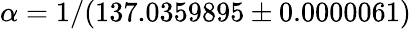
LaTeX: \alpha=1/(137.0359895\pm 0.0000061)